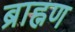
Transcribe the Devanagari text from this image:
ब्राह्नण